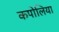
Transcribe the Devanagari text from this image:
कपोलिया